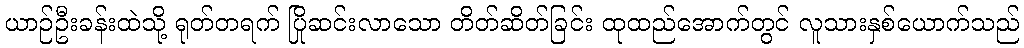
ယာဉ်ဦးခန်းထဲသို့ ရုတ်တရက် ပြိုဆင်းလာသော တိတ်ဆိတ်ခြင်း ထုထည်အောက်တွင် လူသားနှစ်ယောက်သည်